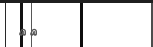
٥٥